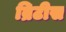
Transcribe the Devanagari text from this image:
ब्रिटीस